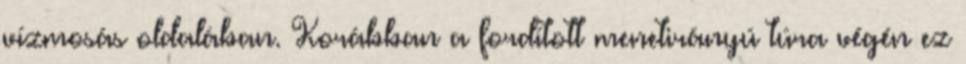
vízmosás oldalában. Korábban a fordított menetirányú túra végén ez